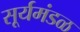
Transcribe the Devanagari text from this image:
सूर्यमंडळ